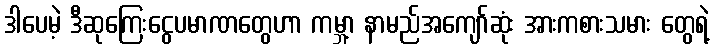
ဒါပေမဲ့ ဒီဆုကြေးငွေပမာဏတွေဟာ ကမ္ဘာ့ နာမည်အကျော်ဆုံး အားကစားသမား တွေရဲ့